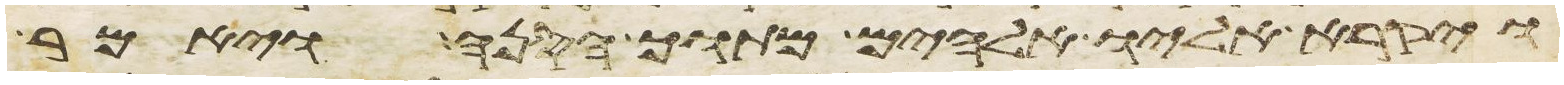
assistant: ויקרא אליו אלהים מתוך הסנה ויאמר